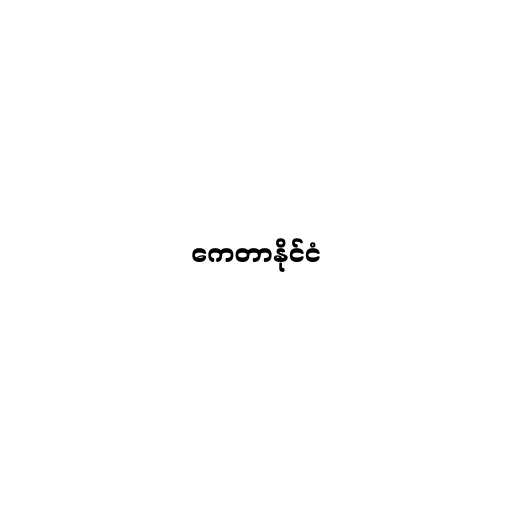
ကေတာနိုင်ငံ